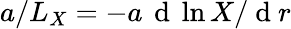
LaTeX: a/L_{X}=-a\, \mathrm{~d~}\ln X/\mathrm{~d~}r